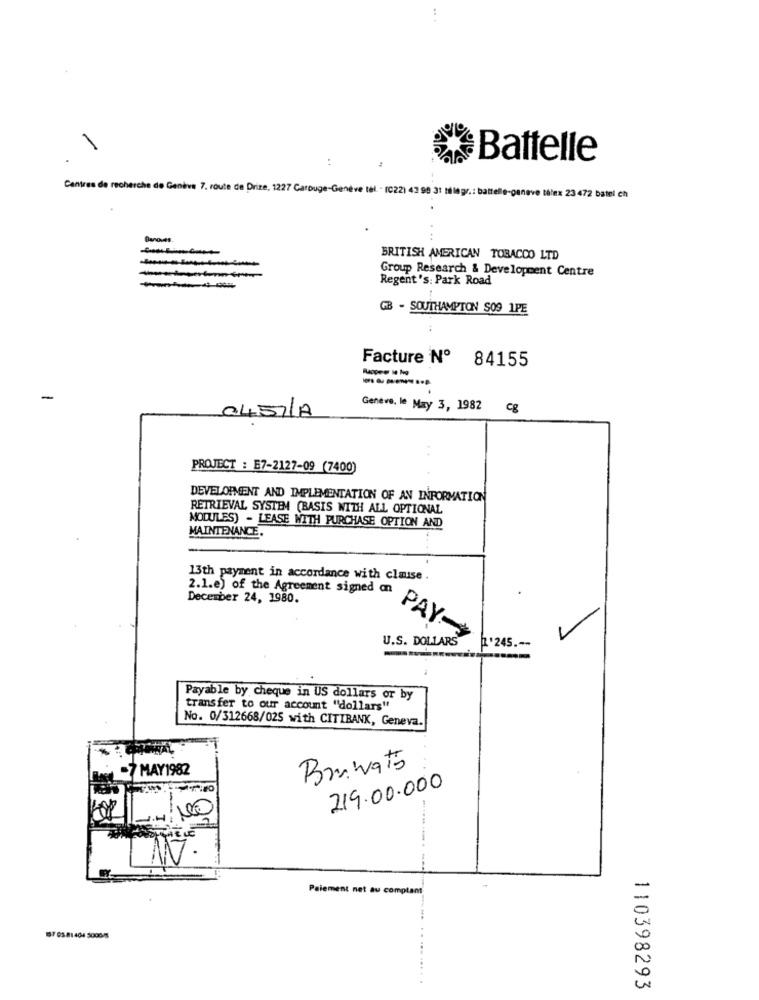
Battelle
Centres de recherche de Genève 7. route de Drize, 1227 Carouge-Genève tel - (C22) 43 99 31 ! legr .: batte
paneve télex 23 472 batel ch
Dano.As.
BRITISH AMERICAN TOBACCO LTD
Group Research & Development Centre
Regent 's: Park Road
GB - SOUTHAMPTON SO9 1PE
Facture Nº
84155
-----...
-
Geneve, le May 3, 1982
cg
0457/A
PROJECT : E7-2127-09 (7400)
DEVELOPMENT AND IMPLEMENTATION OF AN INFORMATION
RETRIEVAL SYSTEM (BASIS WITH ALL OPTIONAL
MODULES) - LEASE WITH PURCHASE OPTION AND
MAINTENANCE.
13th payment in accordance with clmise .
2.1.e) of the Agreement signed an
December 24, 1980.
PAY
U.S. DOLLARS
1.245 .--
Payable by cheque in US dollars or by
transfer to our account "dollars"
No. 0/312668/025 with CITIBANK, Geneva.
7 MAY1982
Bruwato
219.00.000
Paiement net au comptant
157 03 81 404 500015
110398293